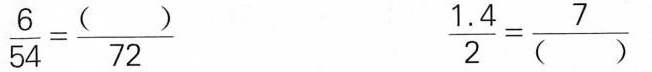
\frac{6}{54}=\frac{()}{72} \frac{1.4}{2} = frac{7}{( )}